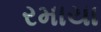
રમાયા